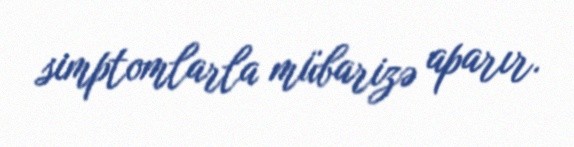
simptomlarla mübarizə aparır.